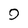
Character: 9